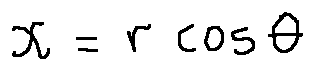
x = r \cos \theta